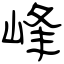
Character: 峰